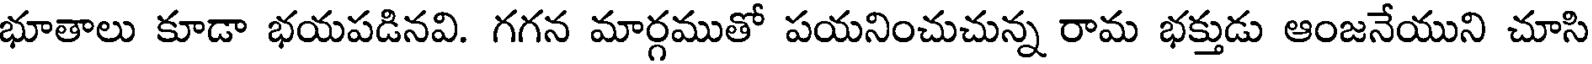
భూతాలు కూడా భయపడినవి. గగన మార్గముతో పయనించుచున్న రామ భక్తుడు ఆంజనేయుని చూసి